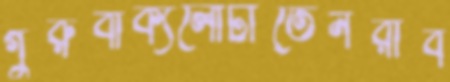
গুরুবাক্যলোটাতেনরাব